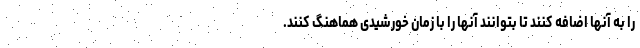
را به آنها اضافه کنند تا بتوانند آنها را با زمان خورشیدی هماهنگ کنند.